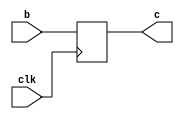
`timescale 1ns / 1ps
//////////////////////////////////////////////////////////////////////////////////
// Company: 
// Engineer: 
// 
// Design Name: 
// Module Name: REG_Sostiene
// Project Name: 
// Target Devices: 
// Tool Versions: 
// Description: 
// 
// Dependencies: 
// 
// Revision:
// Revision 0.01 - File Created
// Additional Comments:
// 
//////////////////////////////////////////////////////////////////////////////////


module REG_Sostiene(clk, b, c);
parameter N=4;
input clk;
input [N:0] b;
output reg [N:0] c;
always @ (posedge clk)
    c<=b;
endmodule